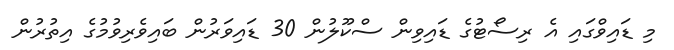
މި ޑައިވްގައި އެ ރިސޯޓުގެ ޑައިވިން ސްކޫލުން 30 ޑައިވަރުން ބައިވެރިވުމުގެ އިތުރުން